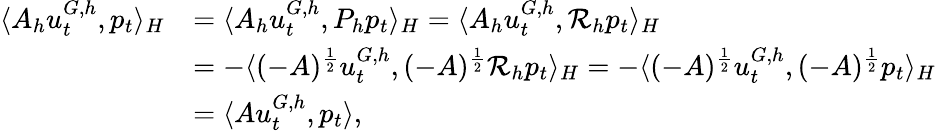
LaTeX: \begin{array}{rl}{\langle A_{h}u_{t}^{G,h},p_{t}\rangle_{H}}&{=\langle A_{h}u_{t}^{G,h},P_{h}p_{t}\rangle_{H}=\langle A_{h}u_{t}^{G,h},\mathcal{R}_{h}p_{t}\rangle_{H}}\\ &{=-\langle(-A)^{\frac{1}{2}}u_{t}^{G,h},(-A)^{\frac{1}{2}}\mathcal{R}_{h}p_{t}\rangle_{H}=-\langle(-A)^{\frac{1}{2}}u_{t}^{G,h},(-A)^{\frac{1}{2}}p_{t}\rangle_{H}}\\ &{=\langle Au_{t}^{G,h},p_{t}\rangle,}\end{array}